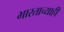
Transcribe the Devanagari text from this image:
भारताच्याही